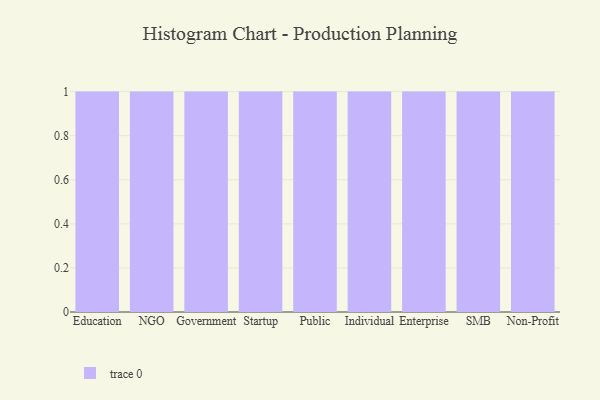
{"axis": {"x": "Segment", "y": "Headcount"}, "legend": [""], "data": [{"x": "Education", "y": 91, "type": ""}, {"x": "NGO", "y": 94, "type": ""}, {"x": "Government", "y": 28, "type": ""}, {"x": "Startup", "y": 49, "type": ""}, {"x": "Public", "y": 35, "type": ""}, {"x": "Individual", "y": 4, "type": ""}, {"x": "Enterprise", "y": 81, "type": ""}, {"x": "SMB", "y": 46, "type": ""}, {"x": "Non-Profit", "y": 75, "type": ""}]}